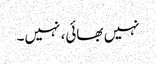
نہیں بھائی، نہیں۔